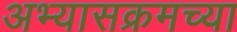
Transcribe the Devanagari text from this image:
अभ्यासक्रमच्या